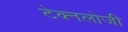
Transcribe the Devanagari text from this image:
टेक्नलोजी